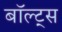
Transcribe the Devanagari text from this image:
बॉल्ट्स